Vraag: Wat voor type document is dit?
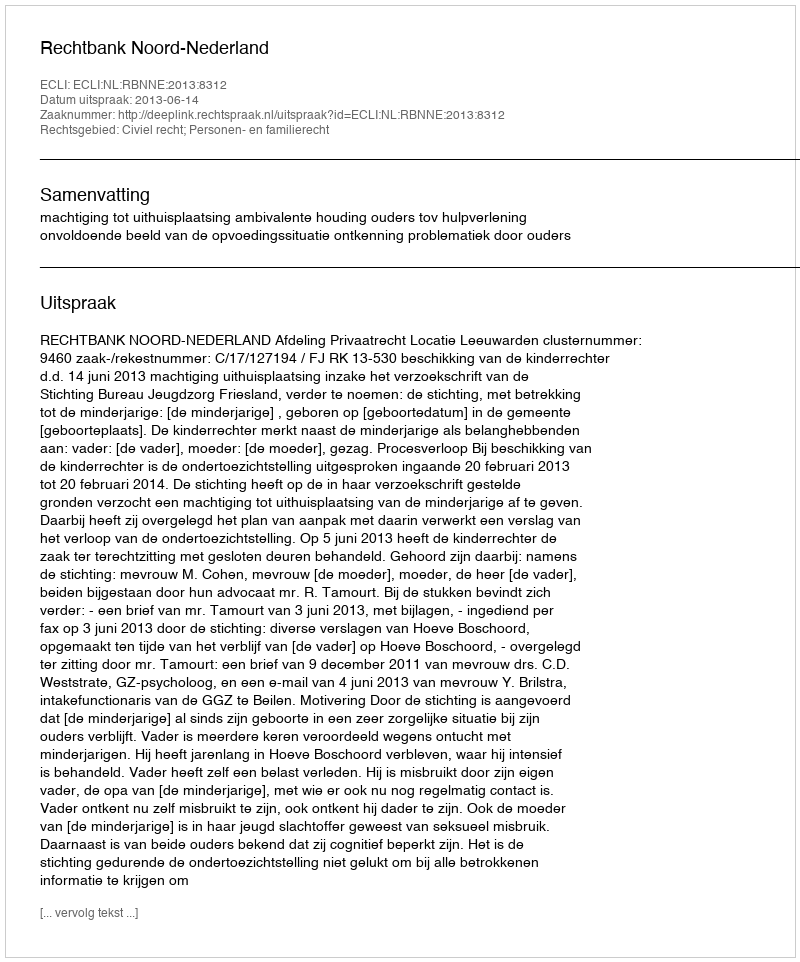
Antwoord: Uitspraak